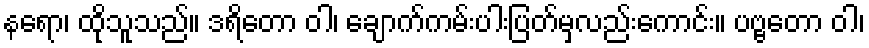
နရော၊ ထိုသူသည်။ ဒရိတော ဝါ၊ ချောက်ကမ်းပါးပြတ်မှလည်းကောင်း။ ပဗ္ဗတော ဝါ၊